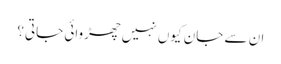
ان سے جان کیوں نہیں چھڑوائی جاتی؟